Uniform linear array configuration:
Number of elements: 64
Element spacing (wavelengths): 1
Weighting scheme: cosine
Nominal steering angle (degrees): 0
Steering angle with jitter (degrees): -1.316
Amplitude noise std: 0.05
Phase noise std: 0.05

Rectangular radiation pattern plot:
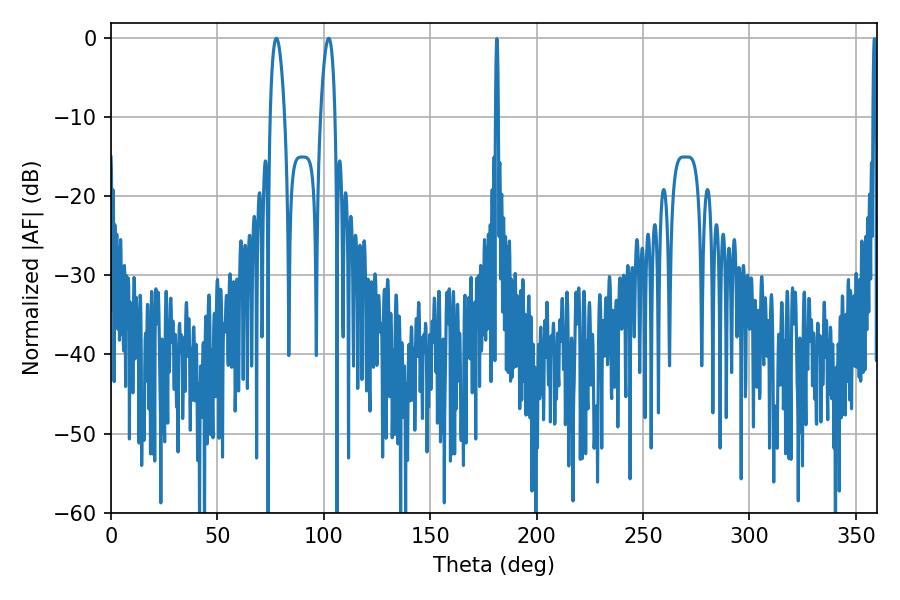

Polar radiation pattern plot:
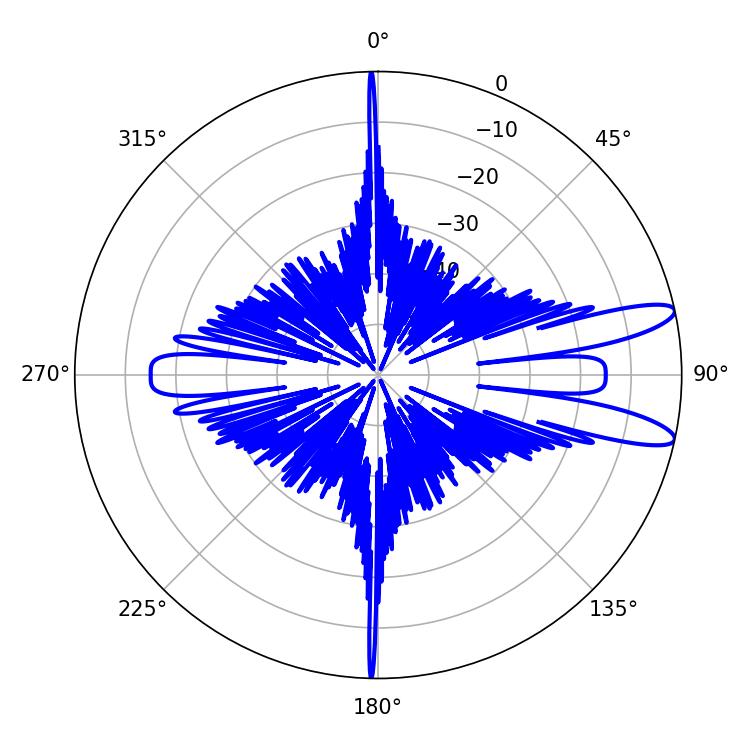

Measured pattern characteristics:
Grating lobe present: TRUE
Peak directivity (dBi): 11.601
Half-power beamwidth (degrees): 3.78
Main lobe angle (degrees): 77.76